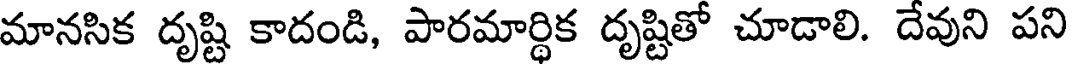
మానసిక దృష్టి కాదండి, పారమార్థిక దృష్టితో చూడాలి. దేవుని పని